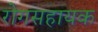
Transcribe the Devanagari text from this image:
रोगसहायक